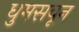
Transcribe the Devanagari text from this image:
धुमसवून